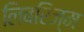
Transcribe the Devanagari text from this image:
लिबरिज्म